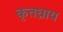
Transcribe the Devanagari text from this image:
कृतघ्नाय